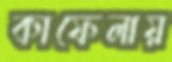
কাফেলায়